Report of the Municipal Commissioner on the plague in Bombay for the year ending 31st May... - Volume 1
Disease focus: Plague
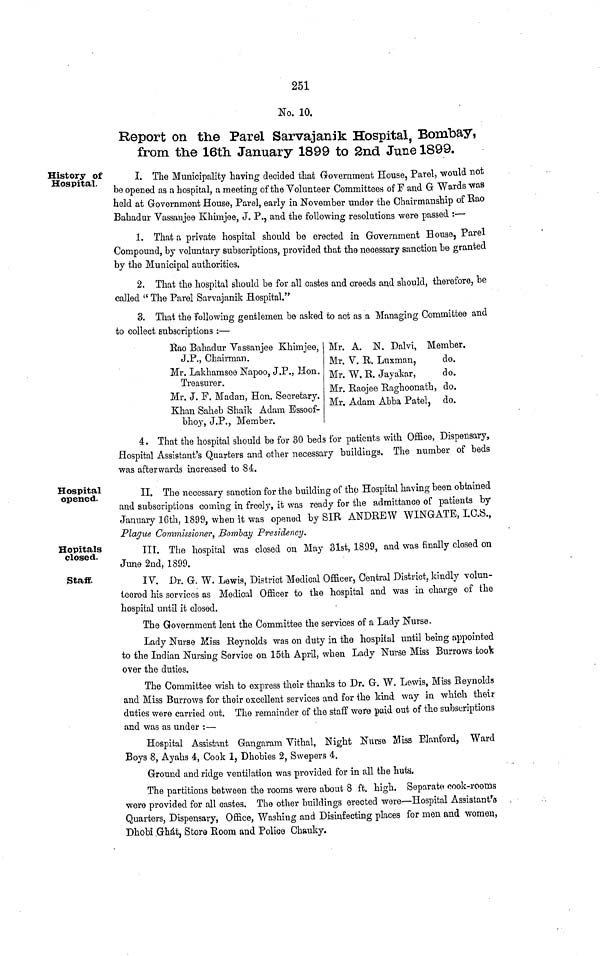
251
No. 10.
Report on the Parel Sarvajanik Hospital, Bombay,
from the 16th January 1899 to 2nd June 1899.
History of
Hospital.
I. The Municipality having decided that Government House, Parel, would not
be opened as a hospital, a meeting of the Volunteer Committees of F and G Wards was
held at Government House, Parel, early in November under the Chairmanship of Rao
Bahadur Vassanjee Khimjee, J. P., and the following resolutions were passed :—
1. That a private hospital should be erected in Government House, Parel
Compound, by voluntary subscriptions, provided that the necessary sanction be granted
by the Municipal authorities.
2. That the hospital should be for all castes and creeds and should, therefore, be
called "The Parel Sarvajanik Hospital."
3. That the following gentlemen be asked to act as a Managing Committee and
to collect subscriptions :—
Rao Bahadur Vassanjee Khimjee,
J.P., Chairman.
Mr. Lakhamsee Napoo, J.P., Hon.
Treasurer.
Mr. J. F. Madan, Hon. Secretary.
Khan Saheb Shaik Adam Essoof-
bhoy, J.P., Member.
Mr. A. N. Dalvi, Member.
Mr. V. R. Lnxman,
do.
Mr. W. R. Javakar,
do.
Mr. Raojee Raghoonath, do.
Mr. Adam Abba Patel, do.
4. That the hospital should be for 30 beds for patients with Office, Dispensary,
Hospital Assistant's Quarters and other necessary buildings. The number of beds
was afterwards increased to 84.
Hospital
opened.
II. The necessary sanction for the building of the Hospital having been obtained
and subscriptions coming in freely, it was ready for the admittance of patients by
January 16th, 1899, when it was opened by SIR ANDREW WINGATE, I.C.S.,
Plague Commissioner, Bombay Presidency.
Hopitals
closed.
III. The hospital was closed on May 31st, 1899, and was finally closed on
June 2nd, 1899.
Staff.
IV. Dr. G. W. Lewis, District Medical Officer, Central District, kindly volun-
teered his services as Medical Officer to the hospital and was in charge of the
hospital until it closed.
The Government lent the Committee the services of a Lady Nurse.
Lady Nurse Miss Reynolds was on duty in the hospital until being appointed
to the Indian Nursing Service on 15th April, when Lady Nurse Miss Burrows took
over the duties.
The Committee wish to express their thanks to Dr. G. W. Lewis, Miss Reynolds
and Miss Burrows for their excellent services and for the kind way in which their
duties were carried out. The remainder of the staff wore paid out of the subscriptions
and was as under :—
Hospital Assistant Gangaram Vithal, Night Nurse Miss Blanford, Ward
Boys 8, Ayahs 4, Cook 1, Dhobies 2, Swepers 4.
Ground and ridge ventilation was provided for in all the huta.
The partitions between the rooms were about 8 ft. high. Separate cook-rooms
were provided for all castes. The other buildings erected were—Hospital Assistant's
Quarters, Dispensary, Office, Washing and Disinfecting places for men and women,
Dhobi Ghát, Store Room and Police Chauky.